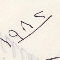
١٩٨٢